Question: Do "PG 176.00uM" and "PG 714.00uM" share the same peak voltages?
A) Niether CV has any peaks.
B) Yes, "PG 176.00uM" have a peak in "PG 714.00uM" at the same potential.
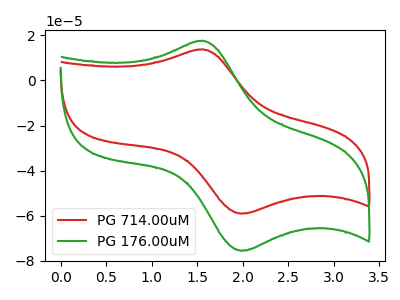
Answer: <think>The red curve "PG 714.00uM" has an anodic peak at (1.55V, 13.75uA) and a cathodic peak at (2.00V, -59.05uA). The green curve "PG 176.00uM" has an anodic peak at (1.55V, 17.60uA) and a cathodic peak at (2.00V, -75.50uA).</think>
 <answer>B) Yes, "PG 176.00uM" have a peak in "PG 714.00uM" at the same potential.</answer>
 <eval>B</eval>